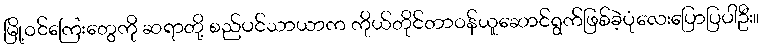
မြို့ဝင်ကြေးတွေကို ဆရာတို့ စည်ပင်သာယာက ကိုယ်တိုင်တာဝန်ယူဆောင်ရွက်ဖြစ်ခဲ့ပုံလေးပြောပြပါဦး။